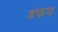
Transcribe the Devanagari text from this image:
डंफय